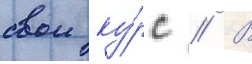
свои ку́рс // В